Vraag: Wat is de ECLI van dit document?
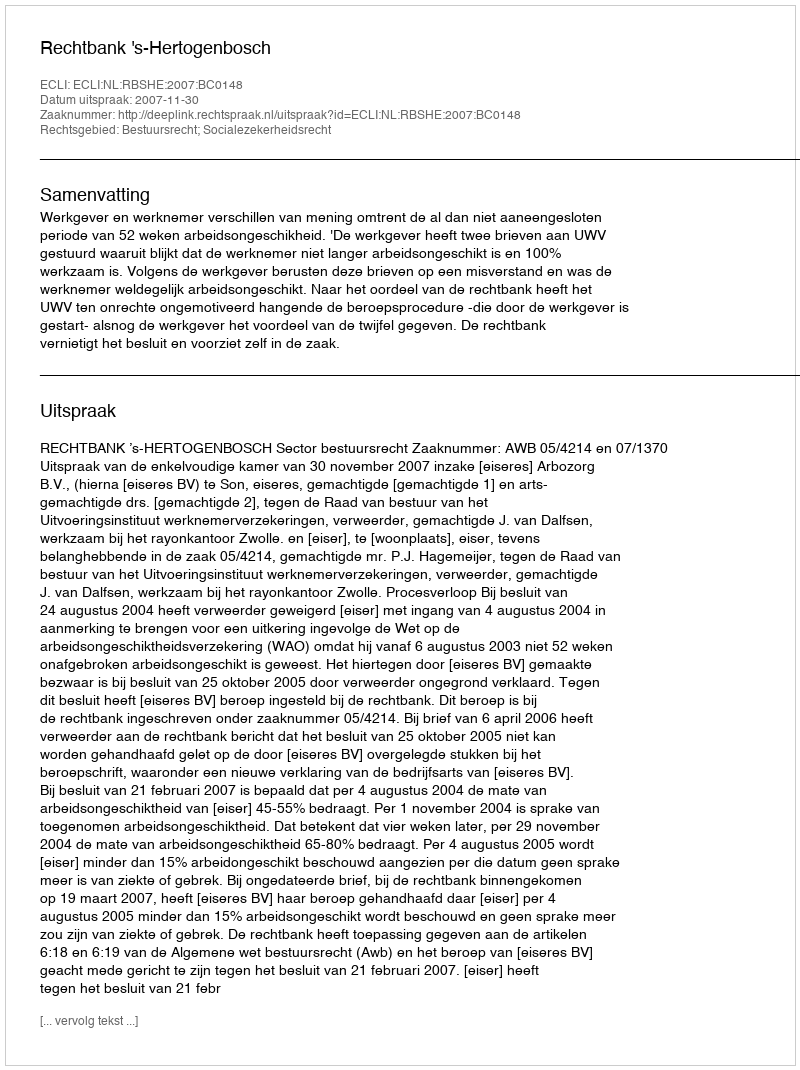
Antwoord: ECLI:NL:RBSHE:2007:BC0148